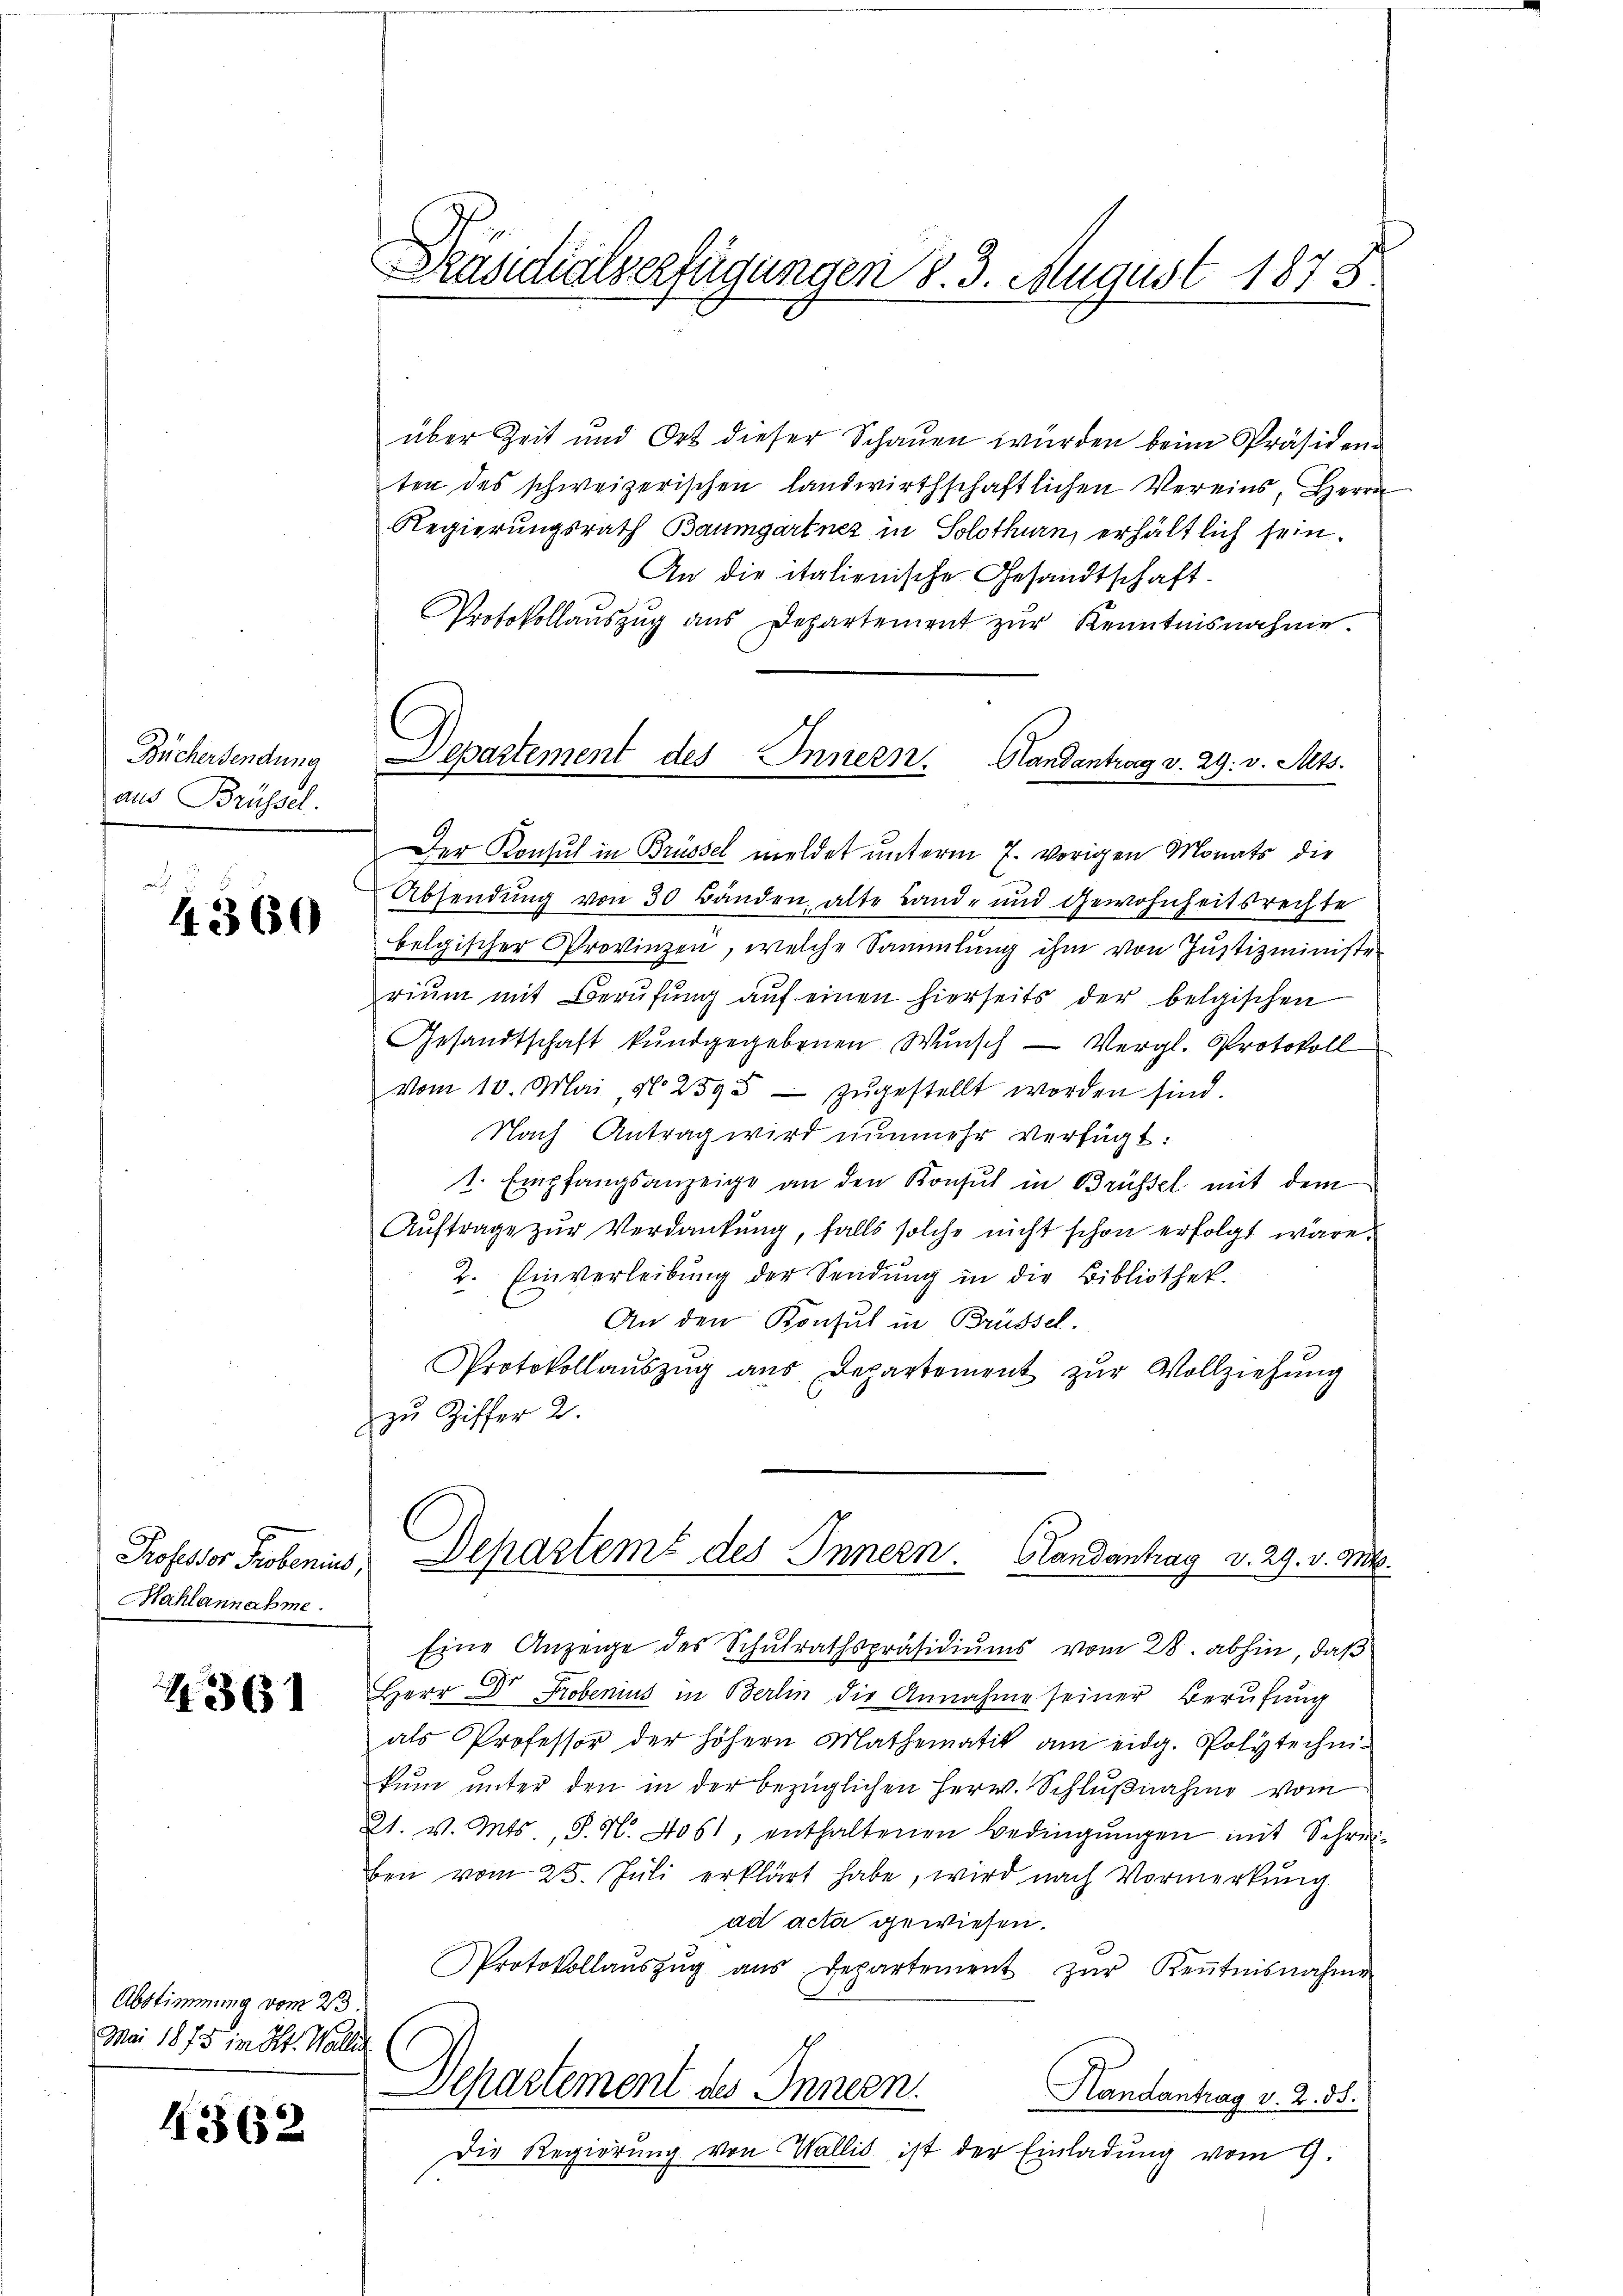
Präsidialverfügungen §. 3. August 1878

über Zeit und Ort dieser Schauen würden beim Präsidend
ten des schweizerischen landwirthschaftlichen Vereins, Herrn
Regierungsrath Baumgartnez in Solothurn, erhältlich sein.
An die italienische Gesandtschaft.
Protokollaŭszŭg aŭs Departement zŭr Kenntnisnahme.
Der Konsul in Brüssel meldet unterm 7. vorigen Monats die
Absendung von 30 Bänden, alte Land- und Gewohnheitsrechte
belgischer Provinzen, welche Sammlung ihm von Justizminister
riŭm mit Berŭfŭng aŭf einen hierseits der belgischen
Gesandtschaft kundgegebenen Wŭnsch Vergl. Protokoll
vom 10. Mai, N. 2595 zŭgestellt worden sind.
Nach Antrag wird nunmehr verfügt:
1. Empfangsanzeige an den Konsul in Brüssel mit dem
Auftrage zur Verdankung, falls solche nicht schon erfolgt wäre.
2. Einverleibŭng der Sendung in die Bibliothek.
An den Konsul in Brüssel.
Protokollaŭszŭg aŭs Departement zŭr Vollziehŭng
zu Ziffer 2.
Professor Probenius, Departeme des Innern. Glandantrag v. 29. v. M.
Eine Anzeige des Schulrathspräsidiums vom 28. abhin, daß
Herr Dr. Probenius in Berlin die Annahme seiner Berufung
als Professor der höhern Mathematik am eidg. Polytechnikum unter den in der bezüglichen Herw. Schlußnahme vom
21. v. Mts., S. N. 405, enthaltenen Bedingŭngen mit Schrei-
ben vom 25. Juli erklärt habe, wird nach Vormerkung
ad acta gewiesen.
Protokollaŭszŭg aŭs Departement zŭr Keṅtnisnahme
Separtement des Innern.
Handantrag v. 2. 55.
Die Regierung von Wallis ist der Einladung vom 9.

Departement des Innern. Handantrag v. 29. v. Mts.

Büchersendung
aus Brüssel.

4360

Mahlannahme.

74361

Abstimmung vom 23.
Mai 1875 in Kt. Wallis. (

4362